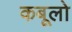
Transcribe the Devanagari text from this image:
कबूलो